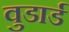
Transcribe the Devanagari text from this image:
वुडार्ड